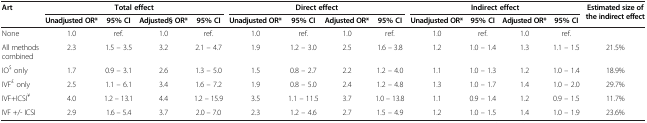
<table><thead><tr><td rowspan="2"><b>Art</b></td><td colspan="4"><b>Total effect</b></td><td colspan="4"><b>Direct effect</b></td><td colspan="4"><b>Indirect effect</b></td><td rowspan="2"><b>Estimated size of the indirect effect</b></td></tr><tr><td><b>Unadjusted OR*</b></td><td><b>95% CI</b></td><td><b>Adjusted§ OR*</b></td><td><b>95% CI</b></td><td><b>Unadjusted OR*</b></td><td><b>95% CI</b></td><td><b>Adjusted OR*</b></td><td><b>95% CI</b></td><td><b>Unadjusted OR*</b></td><td><b>95% CI</b></td><td><b>Adjusted OR*</b></td><td><b>95% CI</b></td></tr></thead><tbody><tr><td>None</td><td>1.0</td><td>ref.</td><td>1.0</td><td>ref.</td><td>1.0</td><td>ref.</td><td>1.0</td><td>ref.</td><td>1.0</td><td>ref.</td><td>1.0</td><td>ref.</td><td> </td></tr><tr><td>All methods combined</td><td>2.3</td><td>1.5 – 3.5</td><td>3.2</td><td>2.1 – 4.7</td><td>1.9</td><td>1.2 – 3.0</td><td>2.5</td><td>1.6 – 3.8</td><td>1.2</td><td>1.0 – 1.4</td><td>1.3</td><td>1.1 – 1.5</td><td>21.5%</td></tr><tr><td>IO<sup>$</sup> only</td><td>1.7</td><td>0.9 – 3.1</td><td>2.6</td><td>1.3 – 5.0</td><td>1.5</td><td>0.8 – 2.7</td><td>2.2</td><td>1.2 – 4.0</td><td>1.1</td><td>1.0 – 1.3</td><td>1.2</td><td>1.0 – 1.4</td><td>18.9%</td></tr><tr><td>IVF<sup>£</sup> only</td><td>2.5</td><td>1.1 – 6.1</td><td>3.4</td><td>1.6 – 7.2</td><td>1.9</td><td>0.8 – 5.0</td><td>2.4</td><td>1.2 – 4.8</td><td>1.3</td><td>1.0 – 1.7</td><td>1.4</td><td>1.0 – 2.0</td><td>29.7%</td></tr><tr><td>IVF+ICSI<sup>¥</sup></td><td>4.0</td><td>1.2 – 13.1</td><td>4.4</td><td>1.2 – 15.9</td><td>3.5</td><td>1.1 – 11.5</td><td>3.7</td><td>1.0 – 13.8</td><td>1.1</td><td>0.9 – 1.4</td><td>1.2</td><td>0.9 – 1.5</td><td>11.7%</td></tr><tr><td>IVF +/- ICSI</td><td>2.9</td><td>1.6 – 5.4</td><td>3.7</td><td>2.0 – 7.0</td><td>2.3</td><td>1.2 – 4.6</td><td>2.7</td><td>1.5 – 4.9</td><td>1.2</td><td>1.0 – 1.5</td><td>1.4</td><td>1.0 – 1.9</td><td>23.6%</td></tr></tbody></table>